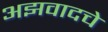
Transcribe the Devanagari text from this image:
अझवादचे